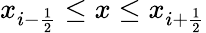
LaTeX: x_{i-\frac{1}{2}}\leq x\leq x_{i+\frac{1}{2}}